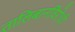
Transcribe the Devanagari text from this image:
तालिबानविरोधी